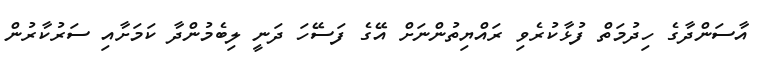
އާސަންދާގެ ހިދުމަތް ފުޅާކުރެވި ރައްޔިތުންނަށް އޭގެ ފަސޭހަ ދަނީ ލިބެމުންދާ ކަމަށާއި ސަރުކާރުން